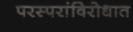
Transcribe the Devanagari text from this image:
परस्परांविरोधात